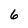
Character: 6